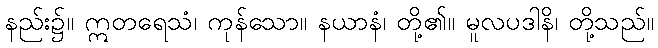
နည်း၌။ ဣတရေသံ၊ ကုန်သော။ နယာနံ၊ တို့၏။ မူလပဒါနိ၊ တို့သည်။